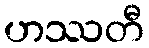
ဟဿတီ